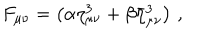
F _ { \mu \nu } = \left( \alpha \eta _ { \mu \nu } ^ { 3 } + \beta \bar { \eta } _ { \mu \nu } ^ { 3 } \right) \, ,